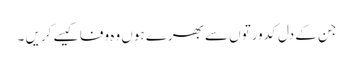
جن کے دل کدورتوں سے بھرے ہوں وہ وفا کیسے کریں ۔